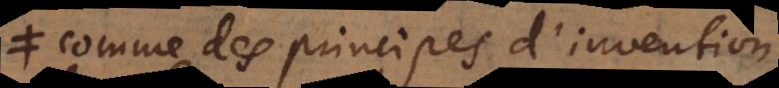
est des principes d’invention